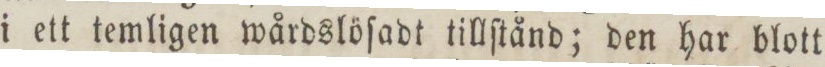
i ett temligen wårdslöſadt tillſtånd; den har blott